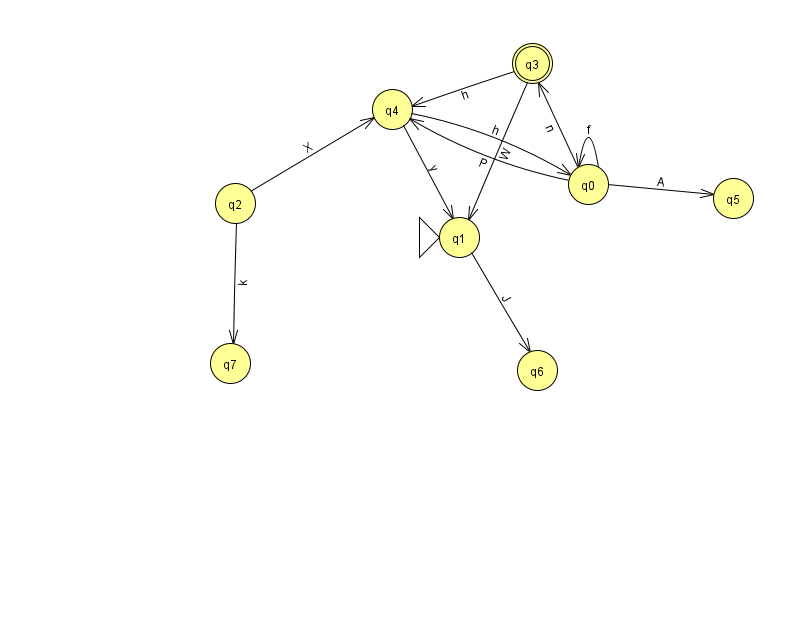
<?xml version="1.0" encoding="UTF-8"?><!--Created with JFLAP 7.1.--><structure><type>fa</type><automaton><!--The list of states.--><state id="0" name="q0"><x>588.0</x><y>171.0</y></state><state id="1" name="q1"><x>459.0</x><y>224.0</y><initial/></state><state id="2" name="q2"><x>235.0</x><y>190.0</y></state><state id="3" name="q3"><x>532.0</x><y>50.0</y><final/></state><state id="4" name="q4"><x>392.0</x><y>96.0</y></state><state id="5" name="q5"><x>733.0</x><y>185.0</y></state><state id="6" name="q6"><x>537.0</x><y>357.0</y></state><state id="7" name="q7"><x>230.0</x><y>350.0</y></state><!--The list of transitions.--><transition><from>2</from><to>4</to><read>X</read></transition><transition><from>4</from><to>1</to><read>y</read></transition><transition><from>3</from><to>1</to><read>W</read></transition><transition><from>0</from><to>5</to><read>A</read></transition><transition><from>4</from><to>0</to><read>h</read></transition><transition><from>2</from><to>7</to><read>k</read></transition><transition><from>3</from><to>4</to><read>h</read></transition><transition><from>0</from><to>0</to><read>f</read></transition><transition><from>0</from><to>3</to><read>n</read></transition><transition><from>0</from><to>4</to><read>P</read></transition><transition><from>1</from><to>6</to><read>J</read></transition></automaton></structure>